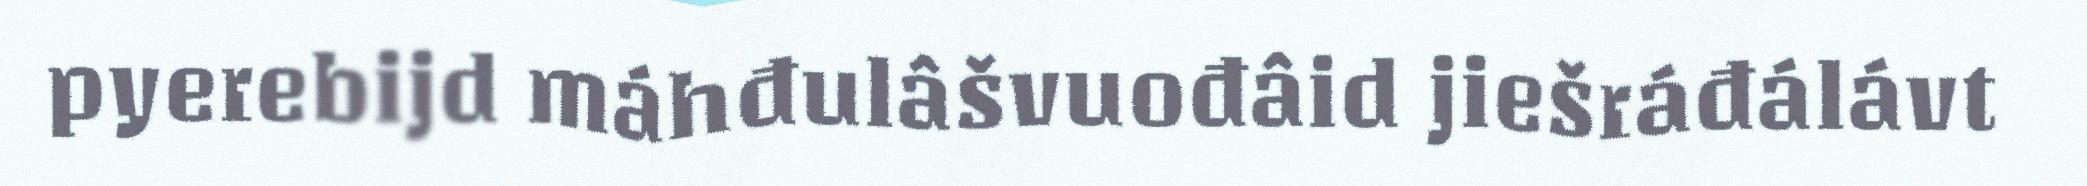
pyerebijd máhđulâšvuođâid jiešráđálávt